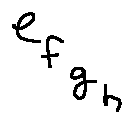
e _ { f _ { g _ { h } } }